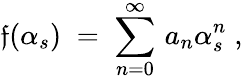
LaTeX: \mathfrak{f}(\alpha_{s})\; =\; \sum_{n=0}^{\infty}\, a_{n}\alpha_{s}^{n}\; ,